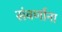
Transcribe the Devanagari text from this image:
संवर्णाना